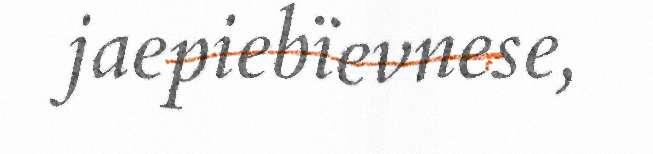
jaepiebïevnese,